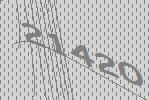
21420